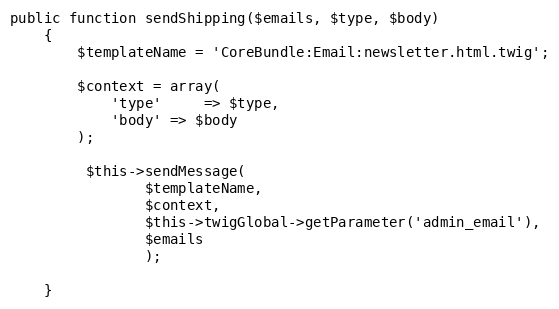
Language: PHP
public function sendShipping($emails, $type, $body)
    {
        $templateName = 'CoreBundle:Email:newsletter.html.twig';

        $context = array(
            'type'     => $type,
            'body' => $body
        );

         $this->sendMessage(
                $templateName,
                $context,
                $this->twigGlobal->getParameter('admin_email'),
                $emails
                );

    }